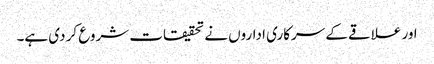
اور علاقے کے سرکاری اداروں نے تحقیقات شروع کر دی ہے۔